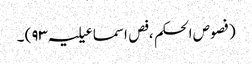
(فصوص الحکم ، فص اسماعیلیہ ۹۳) ۔